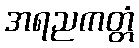
အရညကတ္တံ